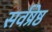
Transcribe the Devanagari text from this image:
सर्वष्रेष्ठ